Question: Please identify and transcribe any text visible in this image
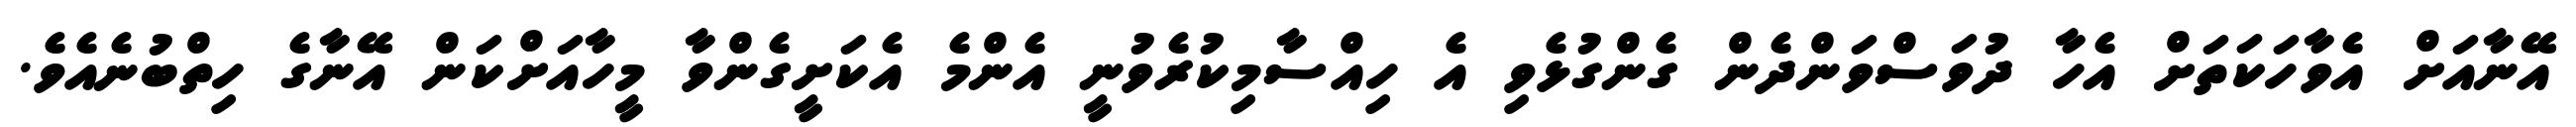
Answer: އޭނާއަށް އެވާހަކަތަށް އެހާ ދުވަސްވަންދެން ގެންގުޅެވި އެ ހިއްސާމިކުރެވުނީ އެންމެ އެކަށީގެންވާ މީހާއަށްކަން އޭނާގެ ހިތްބުނެއެވެ.